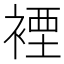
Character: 𧛑